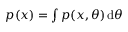
\textstyle p ( x ) = \int p ( x , \theta ) \operatorname { d } \! \theta